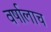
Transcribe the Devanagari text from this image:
वर्षालाच